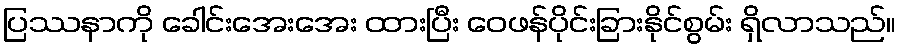
ပြဿနာကို ခေါင်းအေးအေး ထားပြီး ဝေဖန်ပိုင်းခြားနိုင်စွမ်း ရှိလာသည်။